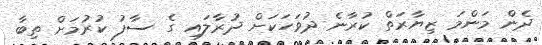
ދެން މަންމަ ޒިޔާރަތް ކުރާނެ ދުވަހަކަށް ދުރާލައި ގެ ސާފު ކުރުމަށް ތިބާ